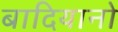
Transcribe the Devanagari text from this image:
बादियानो